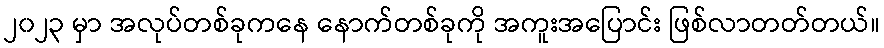
၂၀၂၃ မှာ အလုပ်တစ်ခုကနေ နောက်တစ်ခုကို အကူးအပြောင်း ဖြစ်လာတတ်တယ်။